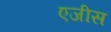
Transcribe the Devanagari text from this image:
एजीस